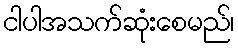
ငါပါအသက်ဆုံးစေမည်၊